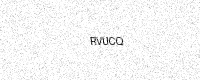
Text: RVUCQ